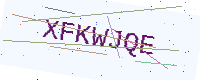
Text: XFKWJQE